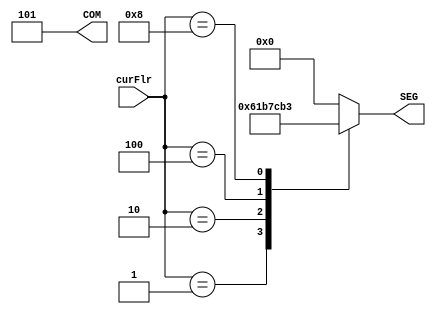


module E_SegEnc(
input		[3:0]	curFlr,
output		[2:0]	COM,
output	reg	[6:0]	SEG
);
assign COM = 3'b101;
always@ (curFlr)
	case(curFlr)
	4'b0001:SEG = 7'b0110000;
	4'b0010:SEG = 7'b1101101;
	4'b0100:SEG = 7'b1111001;
	4'b1000:SEG = 7'b0110011;
	default:SEG = 7'd0;
	endcase

endmodule